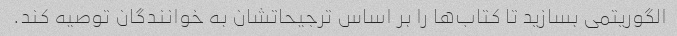
الگوریتمی بسازید تا کتاب‌ها را بر اساس ترجیحاتشان به خوانندگان توصیه کند.